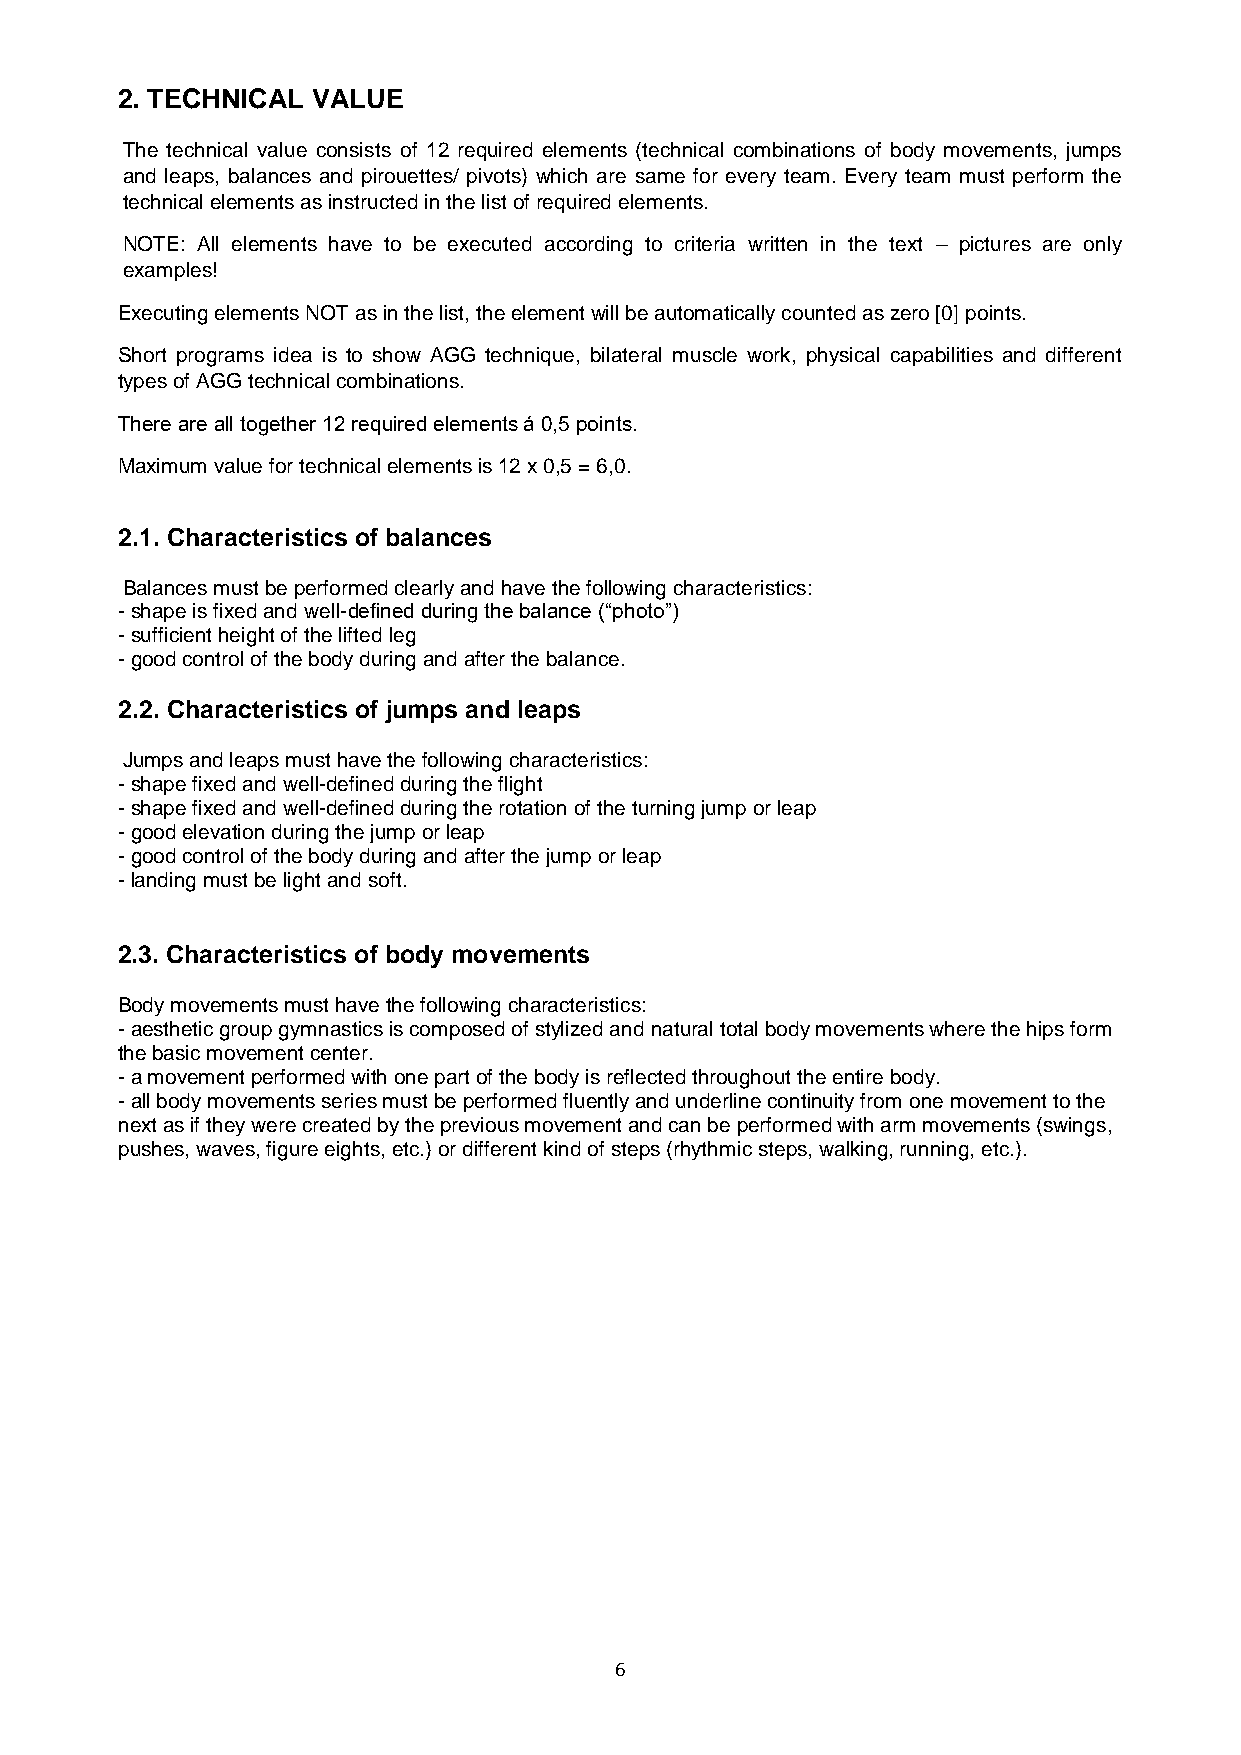
2. TECHNICAL VALUE
 The technical value consists of 12 required elements (technical combinations of body movements, jumps
 and leaps, balances and pirouettes/ pivots) which are same for every team. Every team must perform the
 technical elements as instructed in the list of required elements.
 NOTE: All elements have to be executed according to criteria written in the text – pictures are only
 examples!
 Executing elements NOT as in the list, the element will be automatically counted as zero [0] points.
 Short programs idea is to show AGG technique, bilateral muscle work, physical capabilities and different
 types of AGG technical combinations.
 There are all together 12 required elements á 0,5 points.
 Maximum value for technical elements is 12 x 0,5 = 6,0.
 2.1. Characteristics of balances
 Balances must be performed clearly and have the following characteristics:
 - shape is fixed and well-defined during the balance (“photo”)
 - sufficient height of the lifted leg
 - good control of the body during and after the balance.
 2.2. Characteristics of jumps and leaps
 Jumps and leaps must have the following characteristics:
 - shape fixed and well-defined during the flight
 - shape fixed and well-defined during the rotation of the turning jump or leap
 - good elevation during the jump or leap
 - good control of the body during and after the jump or leap
 - landing must be light and soft.
 2.3. Characteristics of body movements
 Body movements must have the following characteristics:
 - aesthetic group gymnastics is composed of stylized and natural total body movements where the hips form
 the basic movement center.
 - a movement performed with one part of the body is reflected throughout the entire body.
 - all body movements series must be performed fluently and underline continuity from one movement to the
 next as if they were created by the previous movement and can be performed with arm movements (swings,
 pushes, waves, figure eights, etc.) or different kind of steps (rhythmic steps, walking, running, etc.).
 6